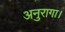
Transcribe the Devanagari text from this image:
अनुरागा।